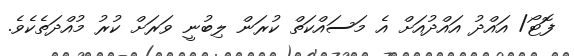
ފޮޓޯ/ އައްދު އައްދުއަށް އެ މަސައްކަތް ކުރަން ލިބުނީ ވަރަށް ކުރު މުއްދަތެކެވެ.